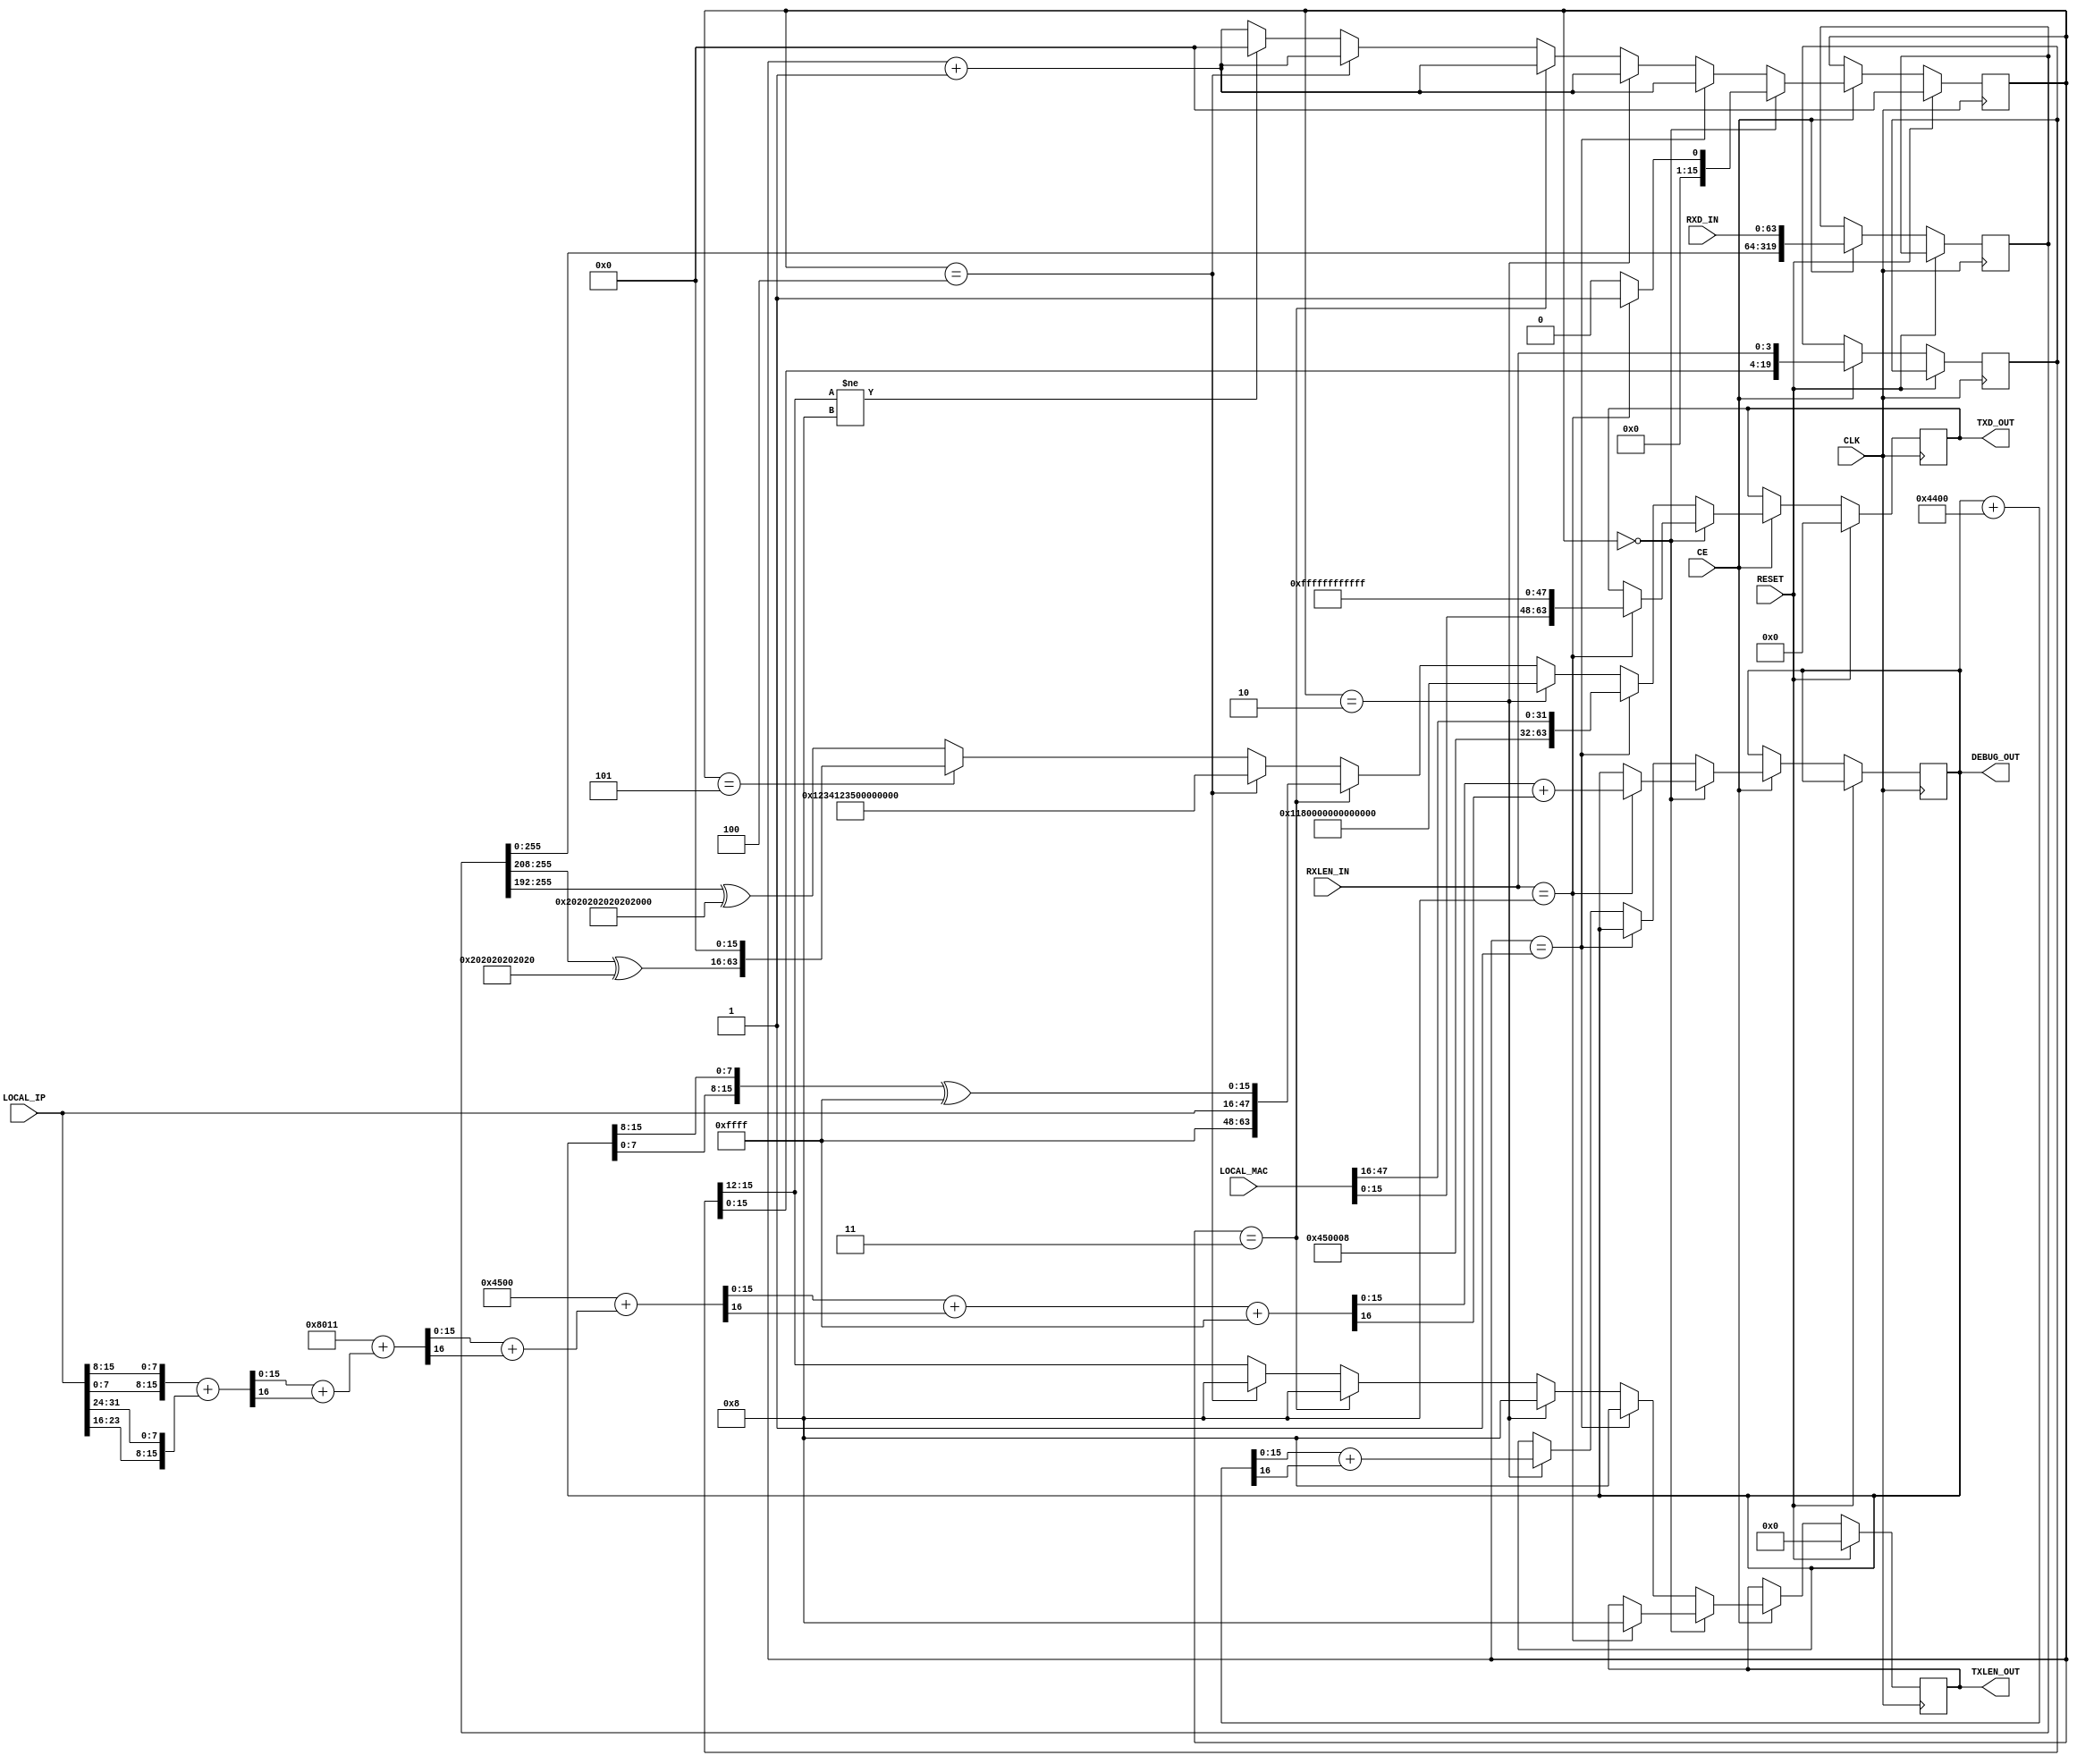

// Copyright (C) Akira Higuchi  ( https://github.com/ahiguti )
// Copyright (C) DeNA Co.,Ltd. ( https://dena.com )
// All rights reserved.
// See COPYRIGHT.txt for details


module xgmii_udptest(
input CLK,
input RESET,
input [47:0] LOCAL_MAC,
input [31:0] LOCAL_IP,
input CE,
input [3:0] RXLEN_IN,
input [63:0] RXD_IN,
output [3:0] TXLEN_OUT,
output [63:0] TXD_OUT,
output [15:0] DEBUG_OUT
);

// 22:00:00:00:00:01, 192.168.200.3
// localparam LOCAL_MAC = 48'h010000000022;
// localparam LOCAL_IP = { 8'd3, 8'd200, 8'd168, 8'd192 };

//reg [15:0] rxoffset;
//reg [47:0] rx_src_mac;
//reg [47:0] rx_dest_mac;
//reg rx_is_ipv4;
//reg rx_is_udp;
//reg [31:0] rx_src_ip;
//reg [31:0] rx_dest_ip;
//reg [15:0] rx_src_port;
//reg [15:0] rx_dest_port;
//reg [15:0] rx_iplen;
reg [15:0] txoffset;
reg [63:0] txd;
reg [3:0] txlen;
reg [64*5-1:0] rxd_shiftreg;
reg [4*5-1:0] rxlen_shiftreg;
reg [15:0] tx_ipv4_sum;

wire [63:0] rxd_copy = rxd_shiftreg[64*3+63:64*3];
wire [3:0] rxlen_copy = rxlen_shiftreg[4*3+3:4*3];

function [15:0] ipv4_sum;
input [15:0] x;
input [15:0] y;
reg [16:0] z;
begin
    z = x + y;
    ipv4_sum = z[15:0] + z[16];
end
endfunction

function [15:0] bswap;
input [15:0] x;
begin
    bswap = { x[7:0], x[15:8] };
end
endfunction

function [15:0] ipv4_sum_32lsb;
input [15:0] x;
input [31:0] y;
begin
    ipv4_sum_32lsb = ipv4_sum(x, ipv4_sum(bswap(y[15:0]), bswap(y[31:16])));
end
endfunction

wire [15:0] ipv4_sum_base =
    ipv4_sum(16'h4500, // version, headerlen, tos
    ipv4_sum_32lsb(16'h8011, // ttl, udp
        LOCAL_IP));

assign TXD_OUT = txd;
assign TXLEN_OUT = txlen;
assign DEBUG_OUT = tx_ipv4_sum;

always @(posedge CLK) begin
    if (RESET) begin
//        rxoffset <= 0;
        txoffset <= 0;
        txd <= 0;
        txlen <= 0;
    end else if (!CE) begin
        // do nothing
    end else begin
        rxd_shiftreg <= { rxd_shiftreg, RXD_IN };
        rxlen_shiftreg <= { rxlen_shiftreg, RXLEN_IN };
        txoffset <= txoffset + 1;
        if (txoffset == 0) begin
            txoffset <= 0;
            if (RXLEN_IN == 8) begin
                txd <= { LOCAL_MAC[15:0], 48'hffffffffffff };
                txlen <= 8;
                txoffset <= 1;
                tx_ipv4_sum <= ipv4_sum_32lsb(ipv4_sum_base, 32'hffffffff);
            end
        end else if (txoffset == 1) begin
            txd <= { 32'h00450008, LOCAL_MAC[47:16] };
            txlen <= 8;
        end else if (txoffset == 2) begin
            tx_ipv4_sum <= ipv4_sum(tx_ipv4_sum, bswap(16'h0044));
            txd <= { 32'h11800000, 16'h0000, 16'h0044 };
            txlen <= 8;
        end else if (txoffset == 3) begin
            txd <= { 32'hffffffff, LOCAL_IP[31:0],
                bswap(tx_ipv4_sum) ^ 16'hffff };
            txlen <= 8;
        end else if (txoffset == 4) begin
            txd <= { rxd_copy[63:48], 16'h1234, 16'h1234,
                32'hffffffff };
            txlen <= 8;
        end else if (txoffset == 5) begin
            txd <= { (rxd_copy[63:16] ^ 48'h202020202020), 16'h0000 };
            txlen <= rxlen_copy;
            if (rxlen_copy != 8) begin
                txoffset <= 0;
            end
        end else begin
            txd <= rxd_copy ^ 64'h2020202020202020;
            txlen <= rxlen_copy;
            if (rxlen_copy != 8) begin
                txoffset <= 0;
            end
        end
    end
end

endmodule